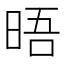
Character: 晤